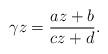
LaTeX: \begin{align*} \gamma z = \frac{az + b}{cz + d}.\end{align*}